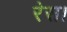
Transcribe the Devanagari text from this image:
रेस।